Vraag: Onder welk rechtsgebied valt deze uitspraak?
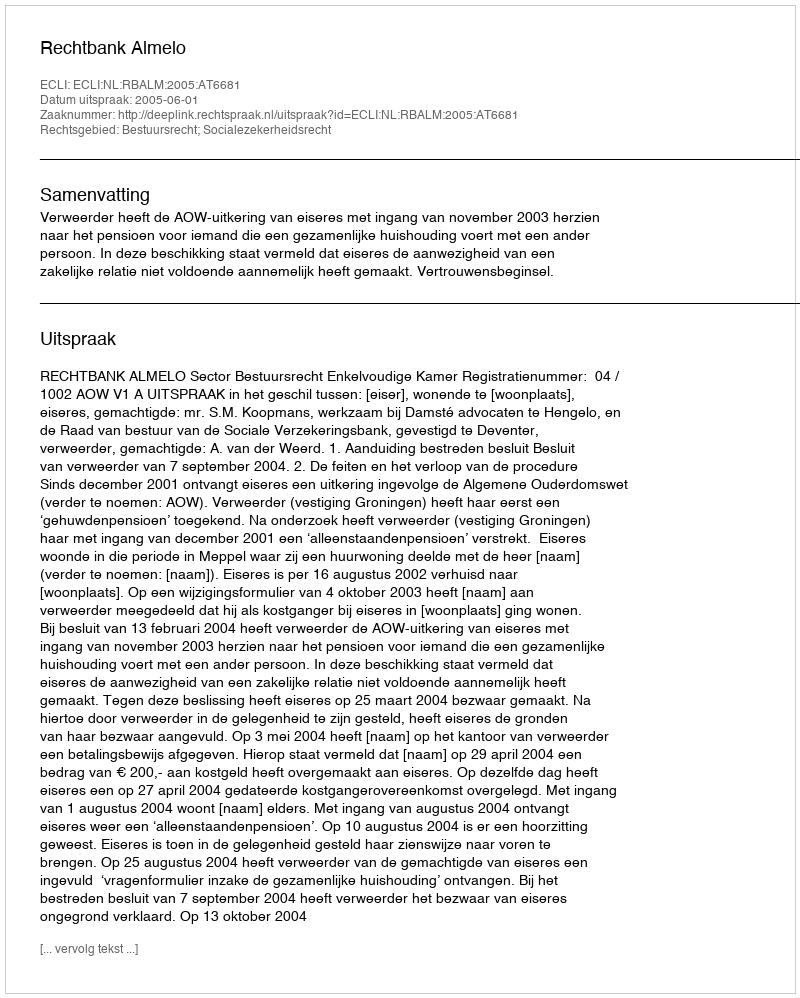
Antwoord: Bestuursrecht; Socialezekerheidsrecht